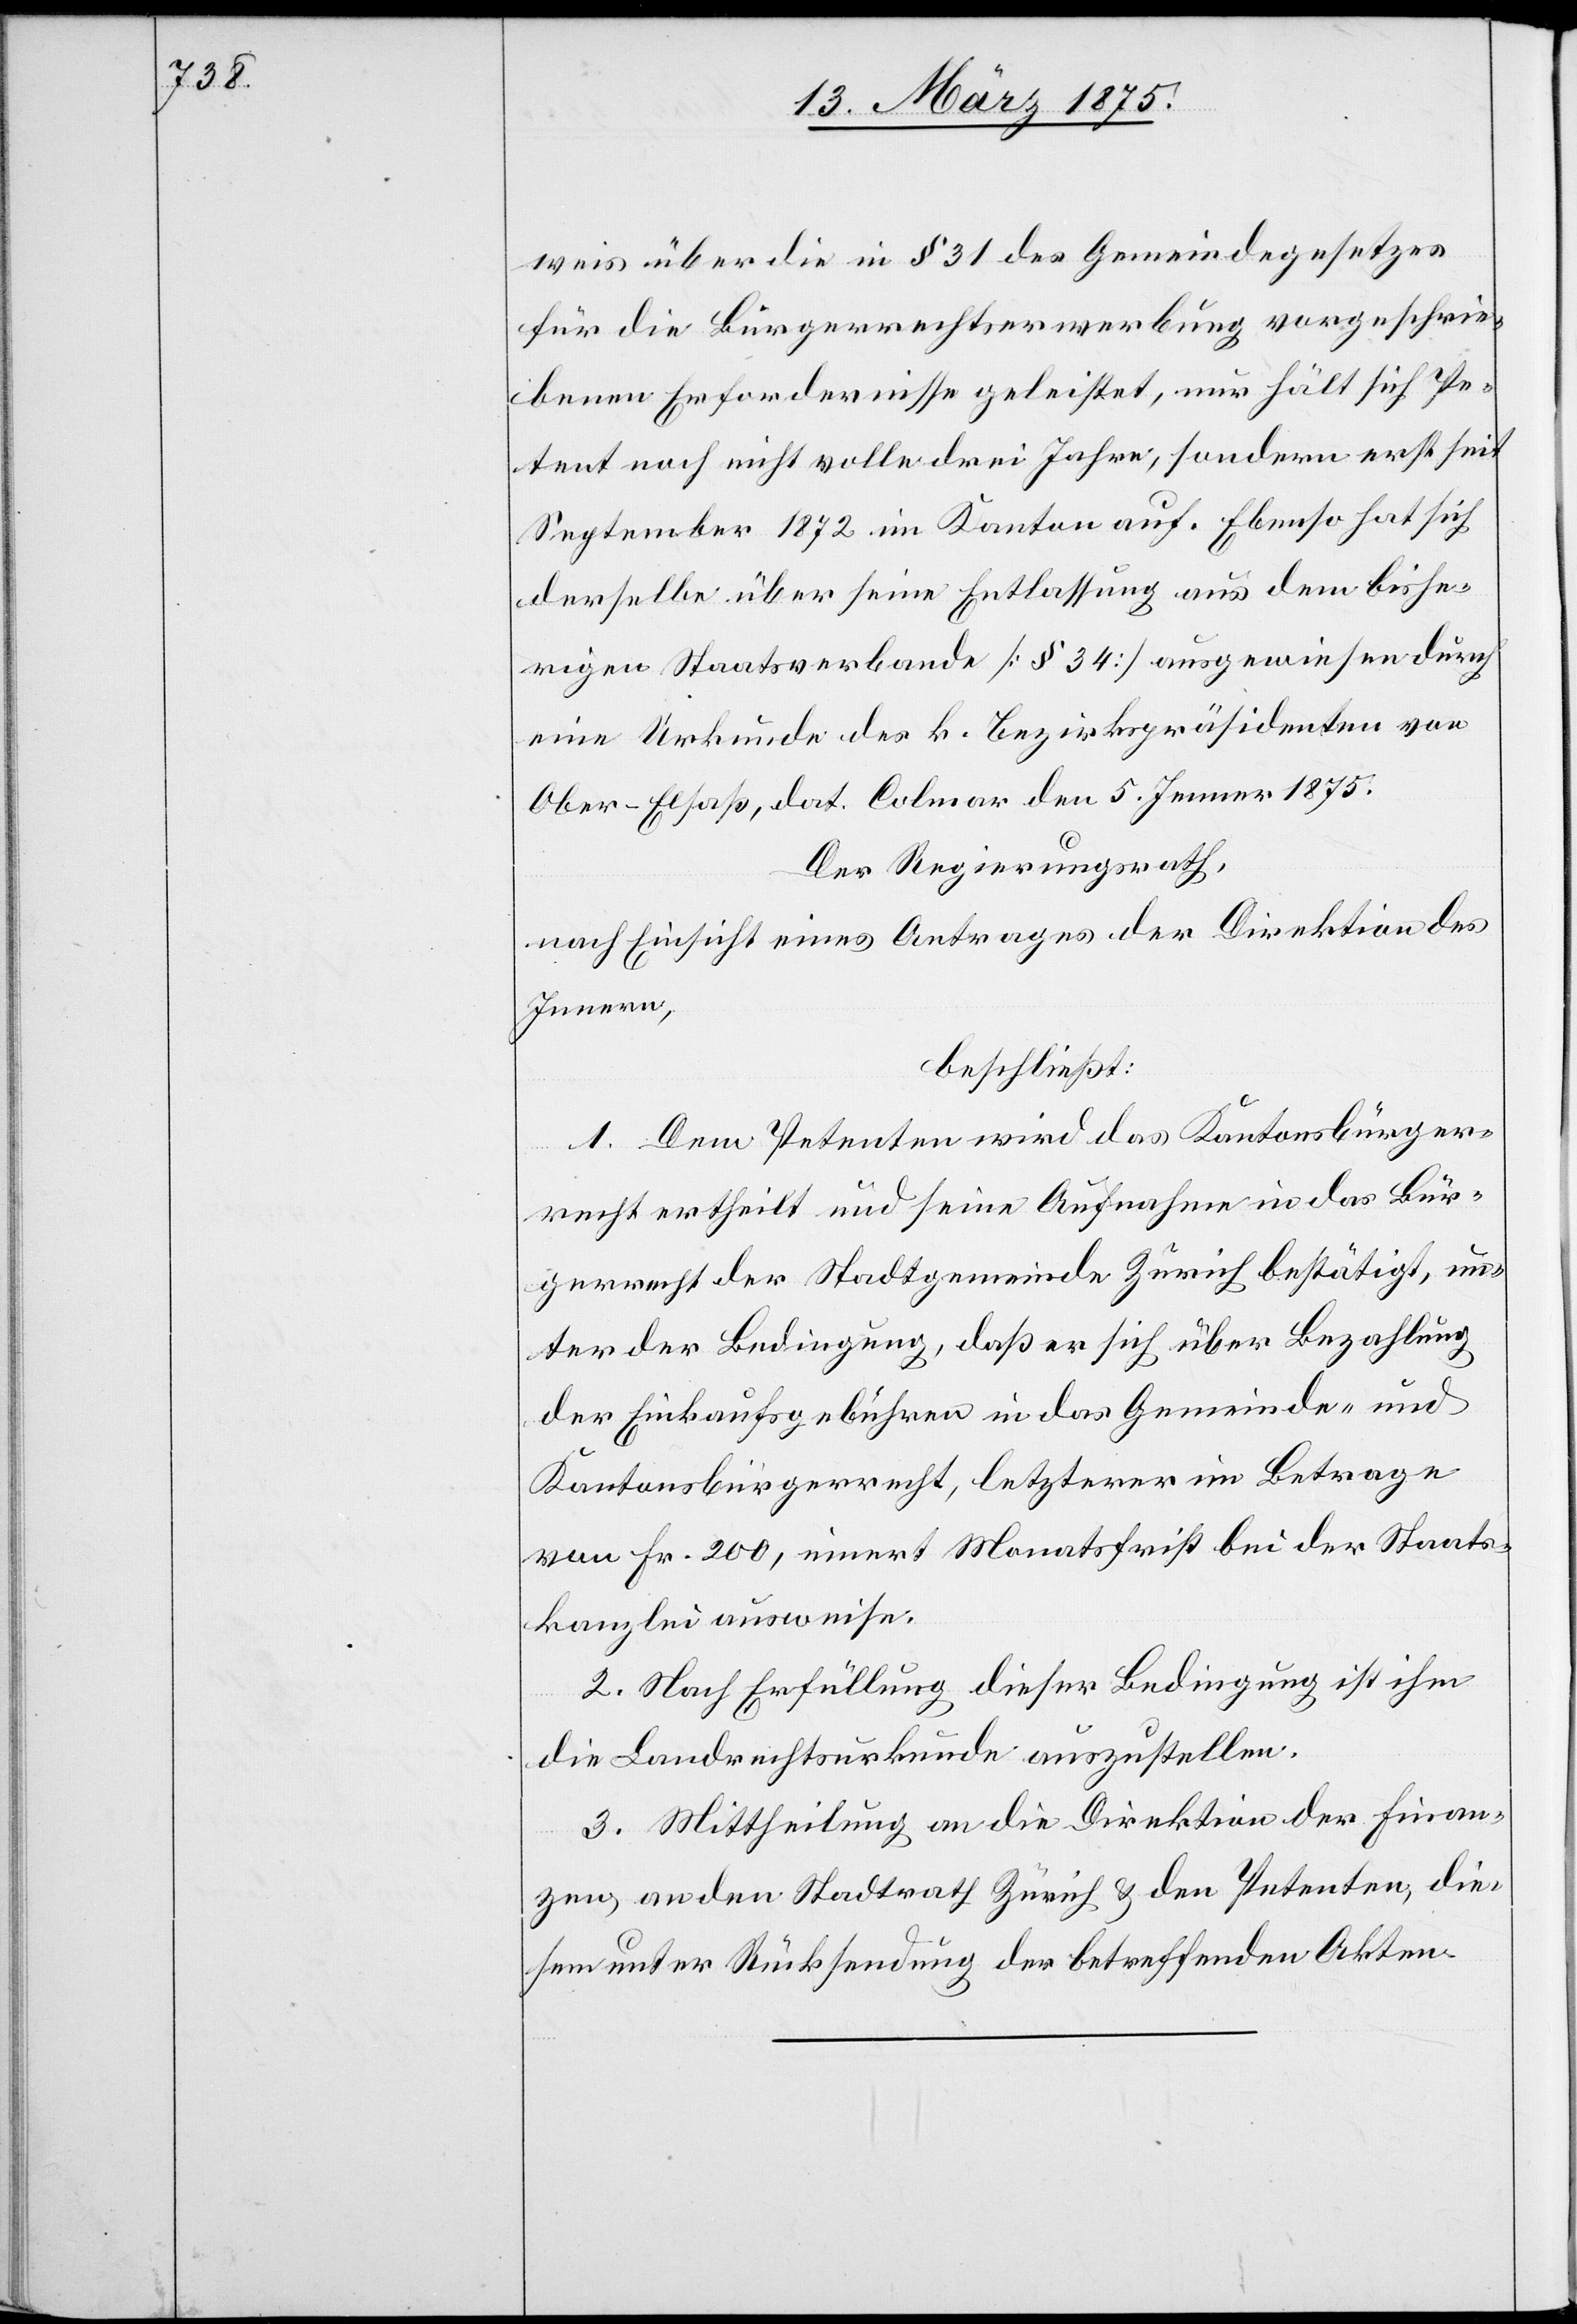
weis über die in § 31 des Gemeindegesetzes
für die Bürgerrechtserwerbung vorgeschrie¬
benen Erfordernisse geleistet, nur hält sich Pe¬
tent noch nicht volle drei Jahre, sondern erst seit
September 1872 im Kanton auf. Ebenso hat sich
derselbe über seine Entlassung aus dem bishe¬
rigen Staatsverbande [§ 34] ausgewiesen durch
eine Urkunde des k. Bezirkspräsidenten von
Ober-Elsaß, dat. Colmar den 5. Jenner 1875.
Der Regierungsrath,
nach Einsicht eines Antrages der Direktion des
Innern,
beschließt:
1. Dem Petenten wird das Kantonsbürger¬
recht ertheilt und seine Aufnahme in das Bür¬
gerrecht der Stadtgemeinde Zürich bestätigt, un¬
ter der Bedingung, daß er sich über Bezahlung
der Einkaufsgebühren in das Gemeinde- und
Kantonsbürgerrecht, letzterer im Betrage
von Fr. 200, innert Monatsfrist bei der Staats¬
kanzlei ausweise.
2. Nach Erfüllung dieser Bedingung ist ihm
die Landrechtsurkunde auszustellen.
3. Mittheilung an die Direktion der Finan¬
zen, an den Stadtrath Zürich & den Petenten, die¬
sem unter Rücksendung der betreffenden Akten.